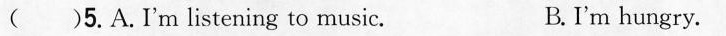
( )5.A.I'm listening to music. B. I'm hungry.